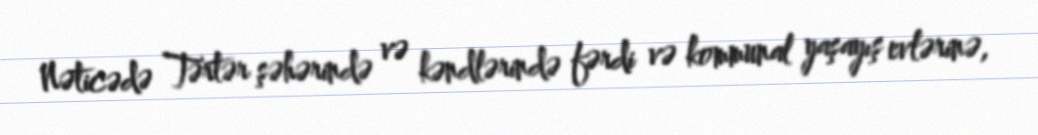
Nəticədə Tərtər şəhərində və kəndlərində fərdi və kommunal yaşayış evlərinə,